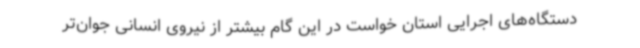
دستگاه‌های اجرایی استان خواست در این گام بیشتر از نیروی انسانی جوان‌تر